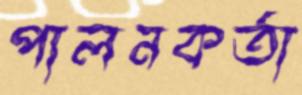
পালনকর্তা